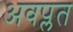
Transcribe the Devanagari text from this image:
अवप्लत